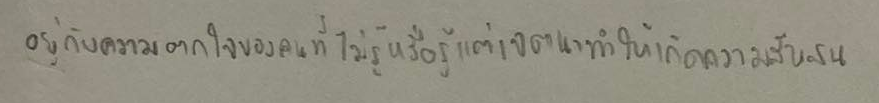
อยู่กับความตกใจของคนที่ไม่รู้หรือรู้แต่เจตนาทำให้เกิดความสับสน